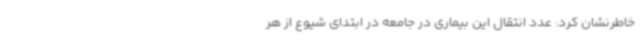
خاطرنشان کرد: عدد انتقال این بیماری در جامعه در ابتدای شیوع از هر